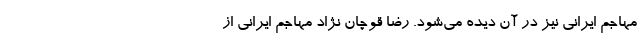
مهاجم ایرانی نیز در آن دیده می‌شود. رضا قوچان نژاد مهاجم ایرانی از